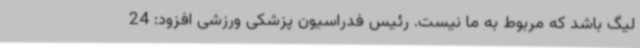
لیگ باشد که مربوط به ما نیست. رئیس فدراسیون پزشکی ورزشی افزود: 24